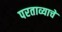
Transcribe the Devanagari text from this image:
परताव्याचे